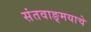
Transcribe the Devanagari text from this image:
संतवाङ्‌मयाचे